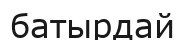
батырдай